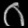
Digit: ၀